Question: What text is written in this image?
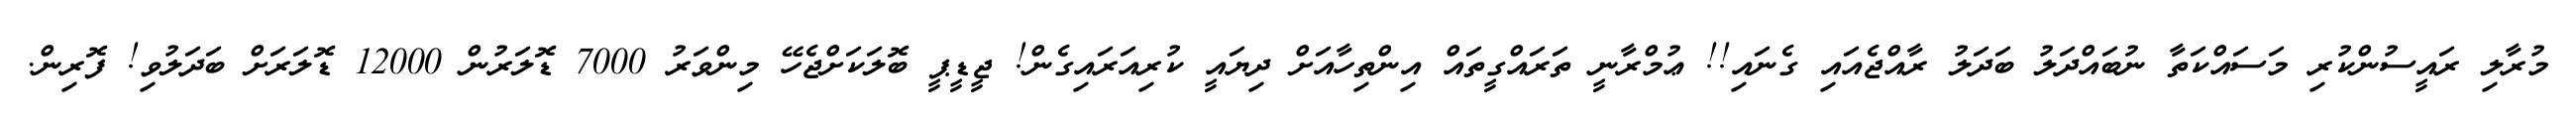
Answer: މުރާލި ރައީސުންކުރި މަސައްކަތާ ނުބައްދަލު ބަދަލު ރާއްޖެއައި ގެނައި!! ޢުމްރާނީ ތަރައްގީތައް އިންތިހާއަށް ދިޔައީ ކުރިއަރައިގެން! ޖީޑީޕީ ބޮލަކަށްޖެހޭ މިންވަރު 7000 ޑޮލަރުން 12000 ޑޮލަރަށް ބަދަލުވި! ފޮރިން.